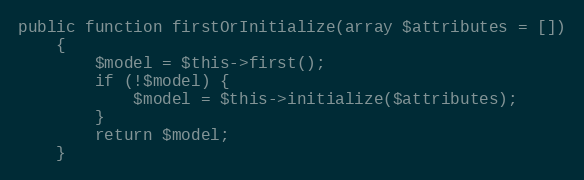
Language: PHP
public function firstOrInitialize(array $attributes = [])
    {
        $model = $this->first();
        if (!$model) {
            $model = $this->initialize($attributes);
        }
        return $model;
    }